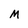
Character: M